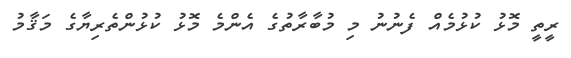
ރީތީ މޮޅު ކުޅުމެއް ފެނުނު މި މުބާރާތުގެ އެންމެ މޮޅު ކުޅުންތެރިޔާގެ މަޤާމު